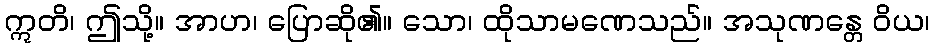
ဣတိ၊ ဤသို့။ အာဟ၊ ပြောဆို၏။ သော၊ ထိုသာမဏေသည်။ အသုဏန္တေ ဝိယ၊